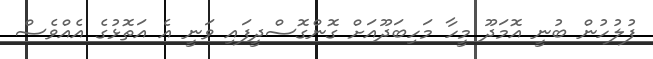
ފުލުހުން ބުނީ އޮމަދޫ މީހާ މަހިބަދޫއަށް ގޮންގޮސްދީފައި ވަނީ އެ އަތޮޅުގެ އެއްވެސް